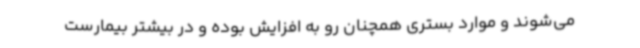
می‌شوند و موارد بستری همچنان رو به افزایش بوده و در بیشتر بیمارست